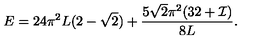
E = 2 4 \pi ^ { 2 } L ( 2 - \sqrt { 2 } ) + \frac { 5 \sqrt { 2 } \pi ^ { 2 } ( 3 2 + { \cal I } ) } { 8 L } .